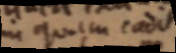
in quaem cadit,